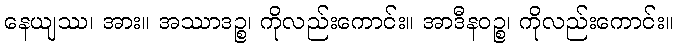
နေယျဿ၊ အား။ အဿာဒဉ္စ၊ ကိုလည်းကောင်း။ အာဒီနဝဉ္စ၊ ကိုလည်းကောင်း။